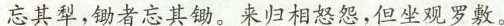
忘其犁，锄者忘其锄。来归相怒怨，但坐观罗敷。